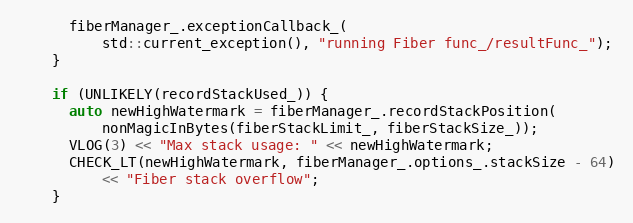
Language: C++
      fiberManager_.exceptionCallback_(
          std::current_exception(), "running Fiber func_/resultFunc_");
    }

    if (UNLIKELY(recordStackUsed_)) {
      auto newHighWatermark = fiberManager_.recordStackPosition(
          nonMagicInBytes(fiberStackLimit_, fiberStackSize_));
      VLOG(3) << "Max stack usage: " << newHighWatermark;
      CHECK_LT(newHighWatermark, fiberManager_.options_.stackSize - 64)
          << "Fiber stack overflow";
    }